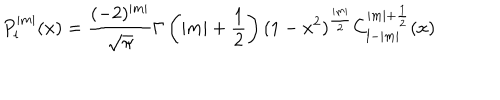
P _ { l } ^ { | m | } ( x ) = \frac { ( - 2 ) ^ { | m | } } { \sqrt { \pi } } \Gamma \left( | m | + \frac { 1 } { 2 } \right) ( 1 - x ^ { 2 } ) ^ { \frac { | m | } { 2 } } C _ { l - | m | } ^ { | m | + \frac { 1 } { 2 } } ( x )